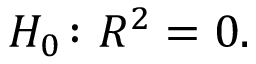
H _ { 0 } \colon R ^ { 2 } = 0 .